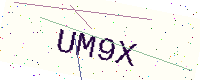
Text: UM9X